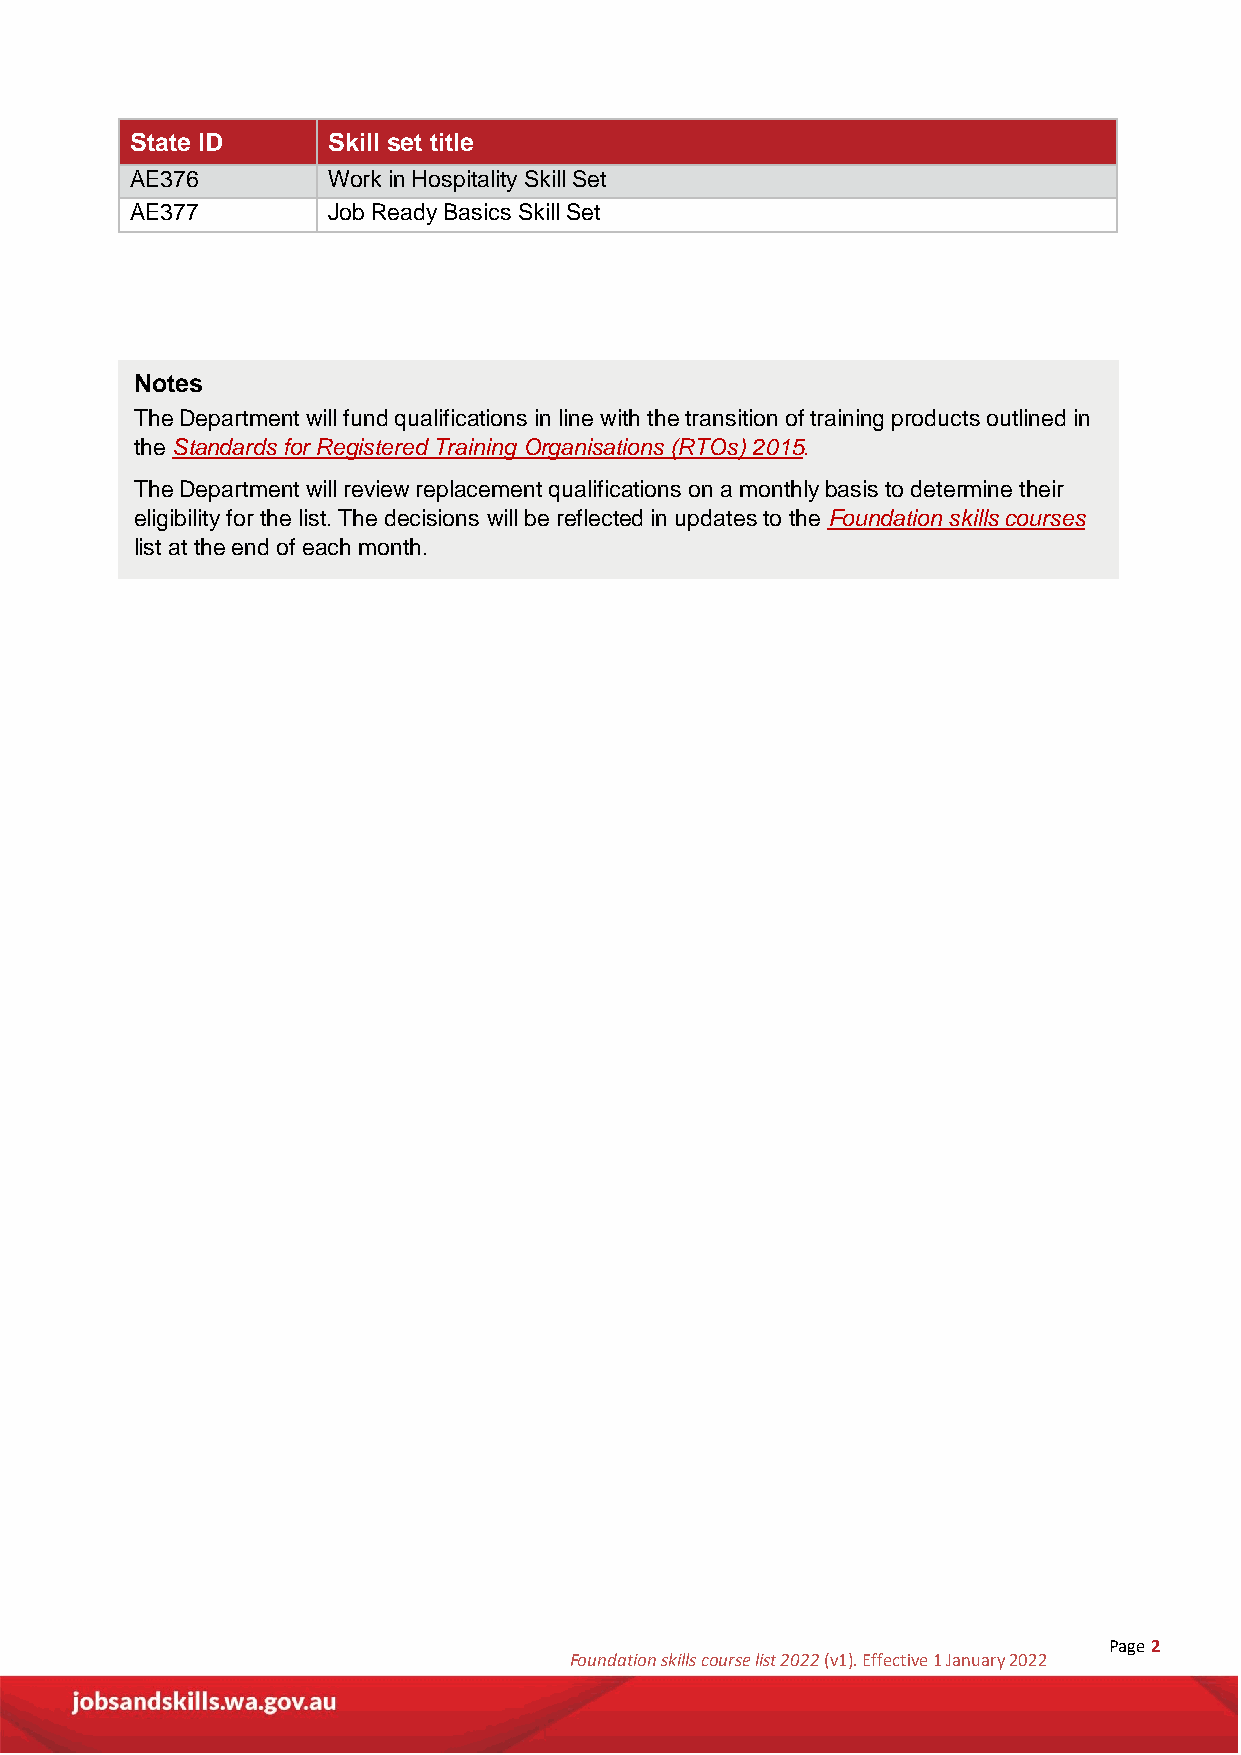
State ID     Skill set title
 AE376        Work in Hospitality Skill Set
 AE377        Job Ready Basics Skill Set
 Notes
 The Department will fund qualifications in line with the transition of training products outlined in
 the Standards for Registered Training Organisations (RTOs) 2015.
 The Department will review replacement qualifications on a monthly basis to determine their
 eligibility for the list. The decisions will be reflected in updates to the Foundation skills courses
 list at the end of each month.
 Page 2
 Foundation skills course list 2022 (v1). Effective 1 January 2022